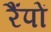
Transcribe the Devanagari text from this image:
रैंपों